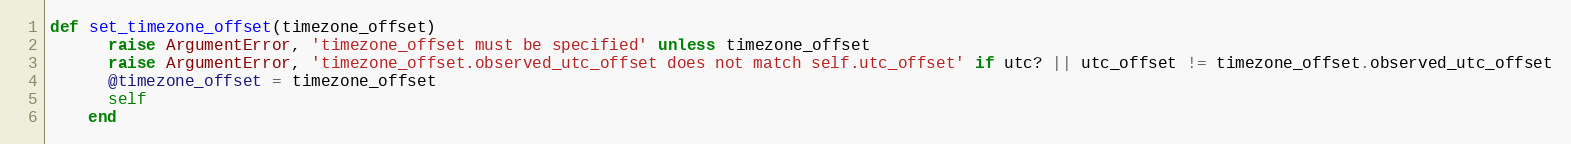
Language: Ruby
def set_timezone_offset(timezone_offset)
      raise ArgumentError, 'timezone_offset must be specified' unless timezone_offset
      raise ArgumentError, 'timezone_offset.observed_utc_offset does not match self.utc_offset' if utc? || utc_offset != timezone_offset.observed_utc_offset
      @timezone_offset = timezone_offset
      self
    end